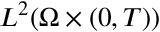
L ^ { 2 } ( \Omega \times ( 0 , T ) )